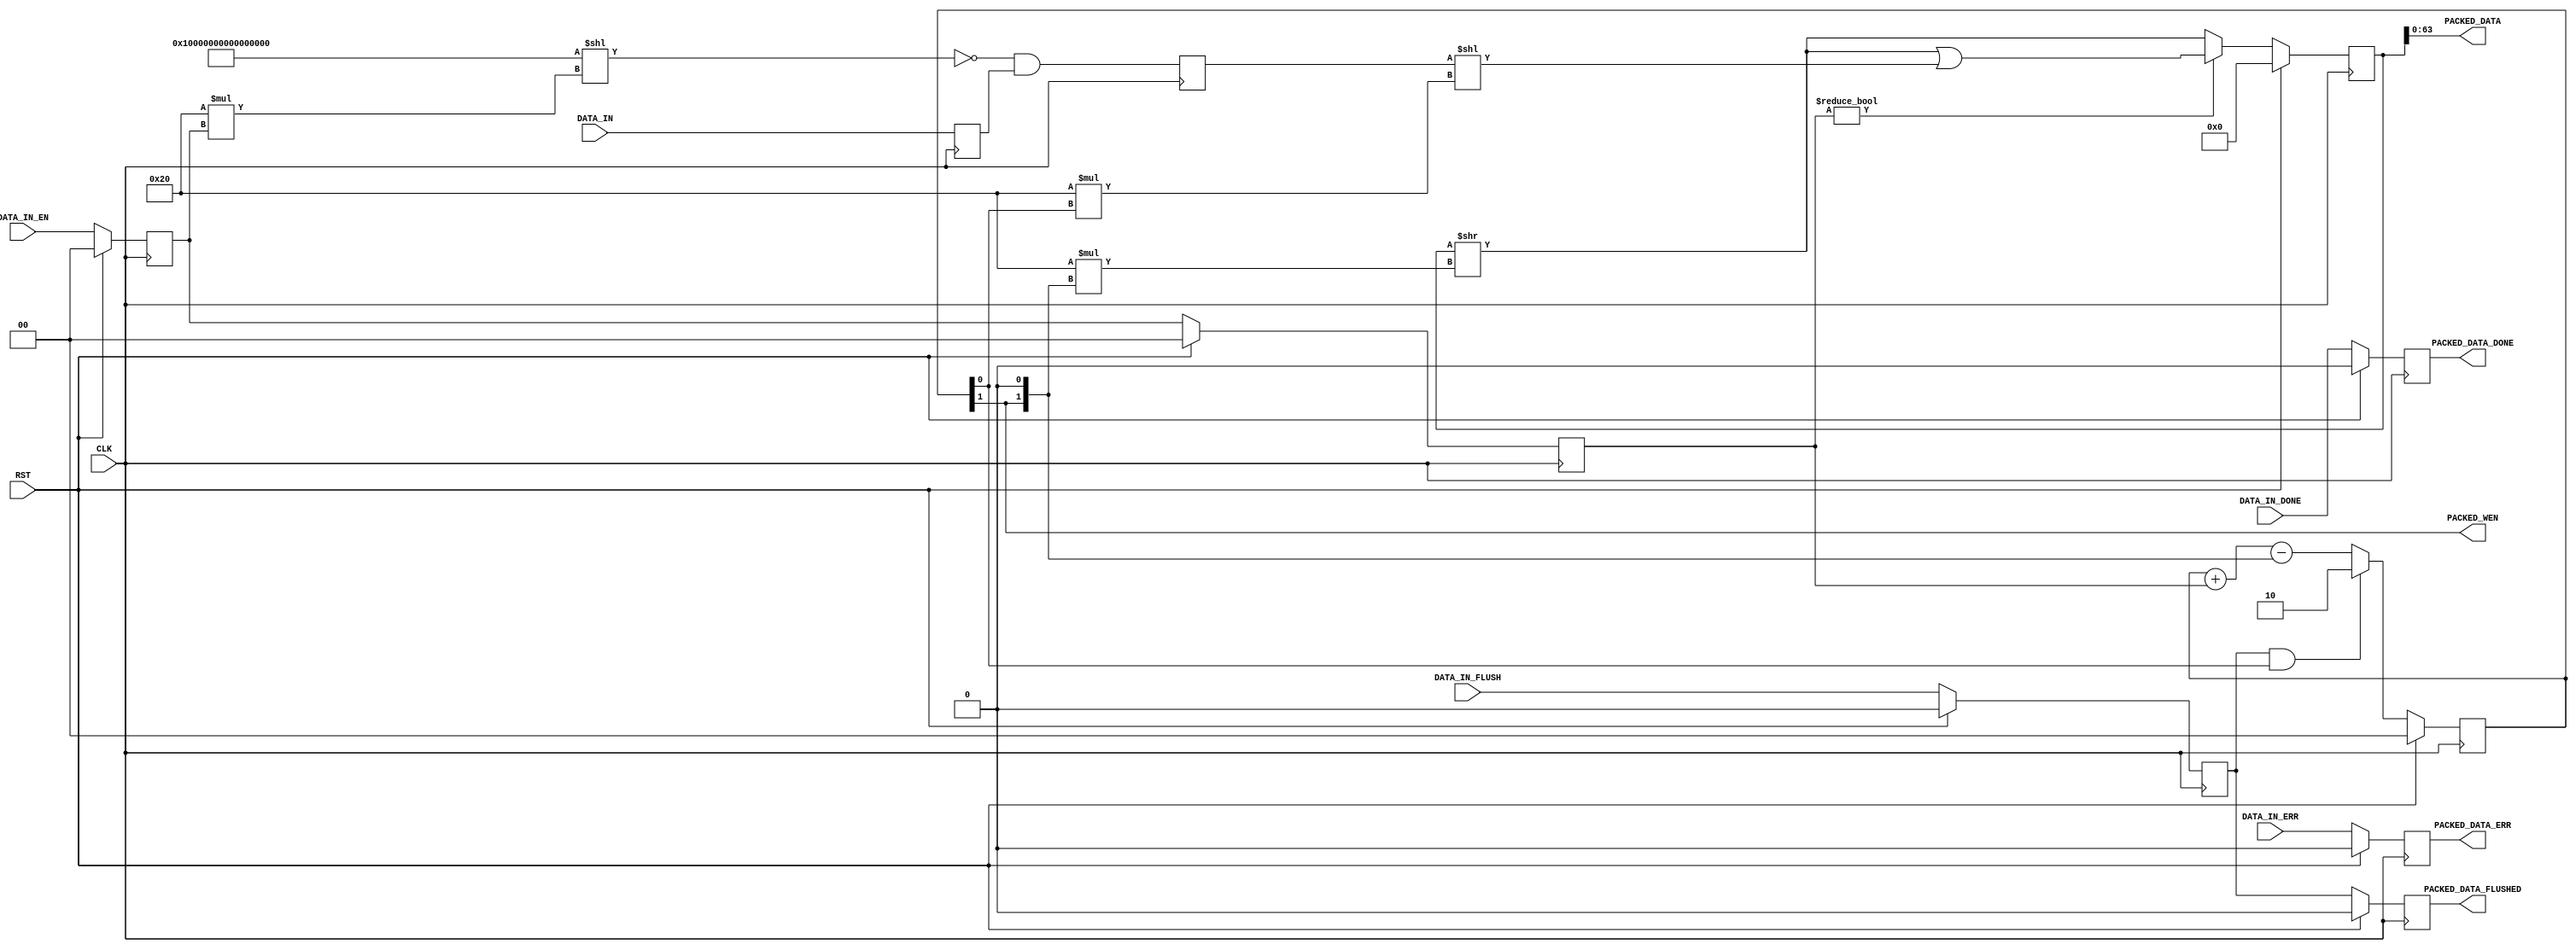
module fifo_packer_64 (
	input CLK,
	input RST,
	input [63:0] DATA_IN,		
	input [1:0] DATA_IN_EN,		
	input DATA_IN_DONE,			
	input DATA_IN_ERR,			
	input DATA_IN_FLUSH,		
	output [63:0] PACKED_DATA,	
	output PACKED_WEN,			
	output PACKED_DATA_DONE,	
	output PACKED_DATA_ERR,		
	output PACKED_DATA_FLUSHED	
);
reg		[1:0]		rPackedCount=0, _rPackedCount=0;
reg					rPackedDone=0, _rPackedDone=0;
reg					rPackedErr=0, _rPackedErr=0;
reg					rPackedFlush=0, _rPackedFlush=0;
reg					rPackedFlushed=0, _rPackedFlushed=0;
reg		[95:0]		rPackedData=96'd0, _rPackedData=96'd0;
reg		[63:0]		rDataIn=64'd0, _rDataIn=64'd0;
reg		[1:0]		rDataInEn=0, _rDataInEn=0;
reg		[63:0]		rDataMasked=64'd0, _rDataMasked=64'd0;
reg		[1:0]		rDataMaskedEn=0, _rDataMaskedEn=0;
assign PACKED_DATA = rPackedData[63:0];
assign PACKED_WEN = rPackedCount[1];
assign PACKED_DATA_DONE = rPackedDone;
assign PACKED_DATA_ERR = rPackedErr;
assign PACKED_DATA_FLUSHED = rPackedFlushed;
wire [63:0] wMask = {64{1'b1}}<<(32*rDataInEn);
wire [63:0]	wDataMasked = ~wMask & rDataIn;
always @ (posedge CLK) begin
	rPackedCount <= #1 (RST ? 2'd0 : _rPackedCount);
	rPackedDone <= #1 (RST ? 1'd0 : _rPackedDone);
	rPackedErr <= #1 (RST ? 1'd0 : _rPackedErr);
	rPackedFlush <= #1 (RST ? 1'd0 : _rPackedFlush);
	rPackedFlushed <= #1 (RST ? 1'd0 : _rPackedFlushed);
	rPackedData <= #1 (RST ? 96'd0 : _rPackedData);
	rDataIn <= #1 _rDataIn;
	rDataInEn <= #1 (RST ? 2'd0 : _rDataInEn);
	rDataMasked <= #1 _rDataMasked;
	rDataMaskedEn <= #1 (RST ? 2'd0 : _rDataMaskedEn);
end
always @ (*) begin
	_rDataIn = DATA_IN;
	_rDataInEn = DATA_IN_EN;
	_rDataMasked = wDataMasked;
	_rDataMaskedEn = rDataInEn;
	if (rPackedFlush && rPackedCount[0])
		_rPackedCount = 2;
	else
		_rPackedCount = rPackedCount + rDataMaskedEn - {rPackedCount[1], 1'd0};
	if (rDataMaskedEn != 2'd0)
		_rPackedData = ((rPackedData>>(32*{rPackedCount[1], 1'd0})) | (rDataMasked<<(32*rPackedCount[0])));
	else
		_rPackedData = (rPackedData>>(32*{rPackedCount[1], 1'd0}));
	_rPackedDone = DATA_IN_DONE;
	_rPackedErr = DATA_IN_ERR;
	_rPackedFlush = DATA_IN_FLUSH;
	_rPackedFlushed = rPackedFlush;
end
endmodule